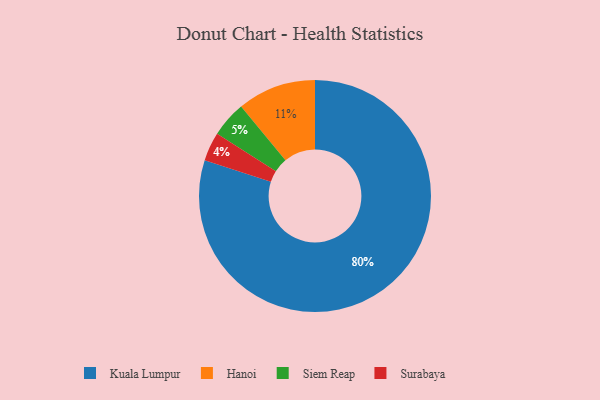
{"axis": {"x": "Category", "y": "Percentage"}, "legend": ["Hanoi", "Kuala Lumpur", "Siem Reap", "Surabaya"], "data": [{"x": "Kuala Lumpur", "y": 80, "type": "Kuala Lumpur"}, {"x": "Surabaya", "y": 4, "type": "Surabaya"}, {"x": "Hanoi", "y": 11, "type": "Hanoi"}, {"x": "Siem Reap", "y": 5, "type": "Siem Reap"}]}